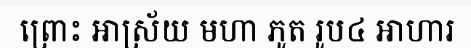
ព្រោះ ឤស្រ័យ មហា ភូត រូប៤ ឤហារ